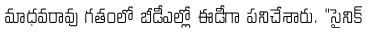
మాధవరావు గతంలో బీడీఎల్లో ఈడీగా పనిచేశారు. "సైనిక్